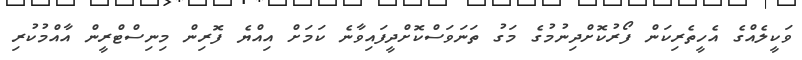
ވަކީލެއްގެ އެހީތެރިކަން ފޯރުކޮށްދިނުމުގެ މަގު ތަނަވަސްކޮށްދީފައިވާނެ ކަމަށް އިއްޔެ ފޮރިން މިނިސްޓްރީން އާއްމުކުރި